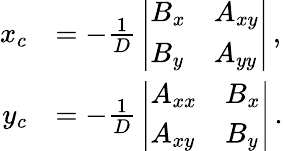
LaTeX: {\begin{array}{rl}{x_{c}}&{=-{\frac{1}{D}}\, {\left|\begin{array}{ll}{B_{x}}&{A_{xy}}\\ {B_{y}}&{A_{yy}}\end{array}\right|}\, ,}\\ {y_{c}}&{=-{\frac{1}{D}}\, {\left|\begin{array}{ll}{A_{xx}}&{B_{x}}\\ {A_{xy}}&{B_{y}}\end{array}\right|}\, .}\end{array}}